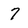
Character: 7